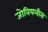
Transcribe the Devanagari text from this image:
जोवियलीस